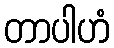
တာပါဟံ